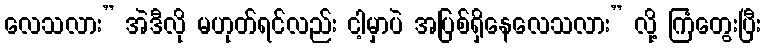
လေသလား” အဲဒီလို မဟုတ်ရင်လည်း ငါ့မှာပဲ အပြစ်ရှိနေလေသလား” လို့ ကြံတွေးပြီး